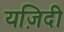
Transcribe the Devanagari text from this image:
यज़िदी